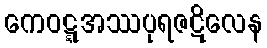
ကေဝဋ္ဋအဿပုရဇဋိလေန